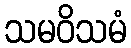
သမဝိသမံ